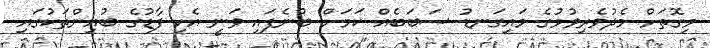
މިގޮތަށް މެދުވެރިވުމުގެ މައިގަނޑު ސަބަބެއް ކަމަށް ބުނެފައި ވަނީ އެކި ފާޑުގެ ބުއިންތަކުގައި